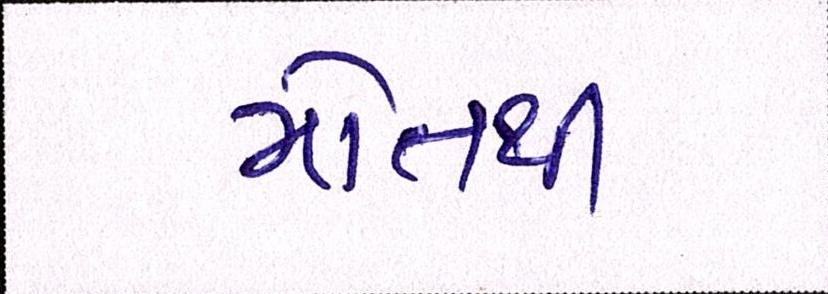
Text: મોતથી